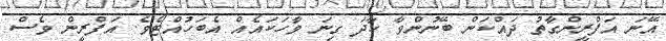
އޭނަ އަފްރީންގާތު ދައްކަން ބޭނުންވާ ހާދަ ގިނަ ވާހަކައެއް އެބަހުއްޓެވެ. އަފްރީން ވެސް